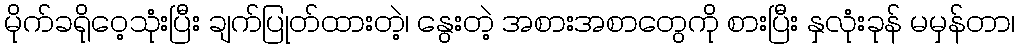
မိုက်ခရိုဝေ့သုံးပြီး ချက်ပြုတ်ထားတဲ့၊ နွေးတဲ့ အစားအစာတွေကို စားပြီး နှလုံးခုန် မမှန်တာ၊